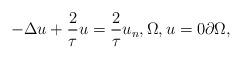
LaTeX: \begin{align*} -\Delta u + \frac{2}{ \tau } u = \frac{2}{ \tau } u_n, \Omega, u = 0 \partial \Omega, \end{align*}